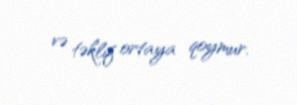
və təklif ortaya qoymur.